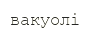
вакуолі